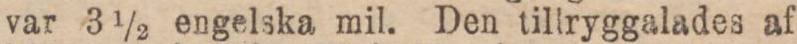
var 3 1/2 engelska mil. Den tillryggalades af